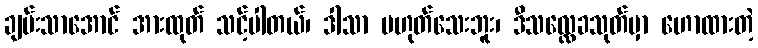
ချမ်းသာအောင် အားထုတ် သင့်ပါတယ်၊ ဒါသာ မဟုတ်သေးဘူး၊ ဒီသလ္လေခသုတ်မှာ ဟောထားတဲ့